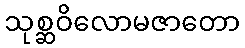
သုစ္ဆဝိလောမဇာတော